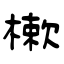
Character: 樕